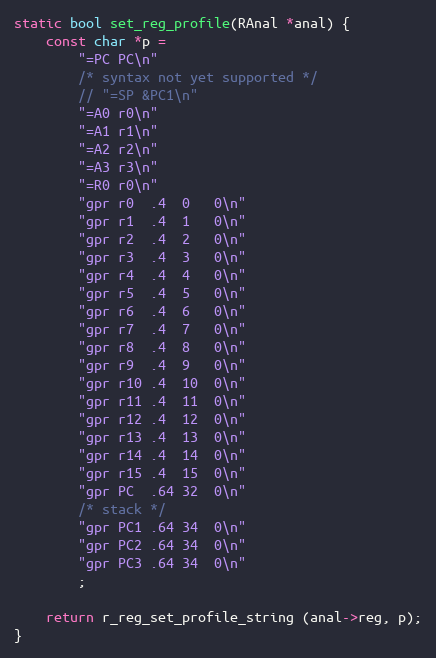
Language: C
static bool set_reg_profile(RAnal *anal) {
	const char *p =
		"=PC	PC\n"
		/* syntax not yet supported */
		// "=SP	&PC1\n"
		"=A0	r0\n"
		"=A1	r1\n"
		"=A2	r2\n"
		"=A3	r3\n"
		"=R0	r0\n"
		"gpr	r0	.4	0	0\n"
		"gpr	r1	.4	1	0\n"
		"gpr	r2	.4	2	0\n"
		"gpr	r3	.4	3	0\n"
		"gpr	r4	.4	4	0\n"
		"gpr	r5	.4	5	0\n"
		"gpr	r6	.4	6	0\n"
		"gpr	r7	.4	7	0\n"
		"gpr	r8	.4	8	0\n"
		"gpr	r9	.4	9	0\n"
		"gpr	r10	.4	10	0\n"
		"gpr	r11	.4	11	0\n"
		"gpr	r12	.4	12	0\n"
		"gpr	r13	.4	13	0\n"
		"gpr	r14	.4	14	0\n"
		"gpr	r15	.4	15	0\n"
		"gpr	PC	.64	32	0\n"
		/* stack */
		"gpr	PC1	.64	34	0\n"
		"gpr	PC2	.64	34	0\n"
		"gpr	PC3	.64	34	0\n"
		;

	return r_reg_set_profile_string (anal->reg, p);
}